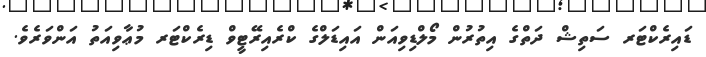
ޑައިރެކްޓަރ ސަތިޝް ދަތްގެ އިތުރުން މޯލްޑިވިއަން އައިޑަލްގެ ކްރެއިރޭޓީވް ޑިރެކްޓަރ މުޢާވިއަތު އަންވަރެވެ.